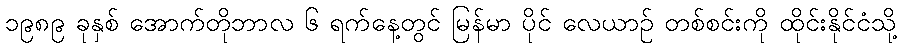
၁၉၈၉ ခုနှစ် အောက်တိုဘာလ ၆ ရက်နေ့တွင် မြန်မာ ပိုင် လေယာဉ် တစ်စင်းကို ထိုင်းနိုင်ငံသို့